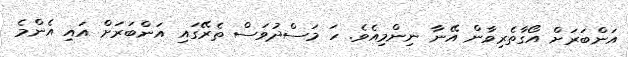
އަންބަރަށް އޯގާތެރިވާން އޭނާ ނިންމިއެވެ. ހަ މަސްދުވަސް ތެރޭގައި އަންބަރަށް އައި އެންމެ